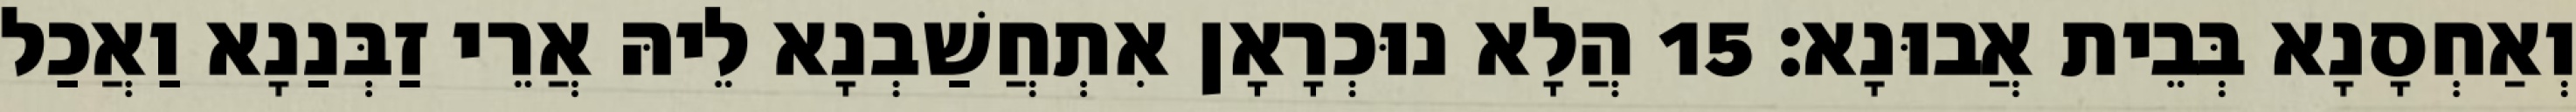
וְאַחְסָנָא בְּבֵית אֲבוּנָא׃ 15 הֲלָא נוּכְרָאָן אִתְחֲשַׁבְנָא לֵיהּ אֲרֵי זַבְּנַנָא וַאֲכַל